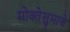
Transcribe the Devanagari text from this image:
मोक्तेसुमाचे